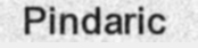
Pindaric